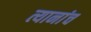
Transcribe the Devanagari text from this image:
त्यानांच